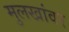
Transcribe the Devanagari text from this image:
मुलखांवर